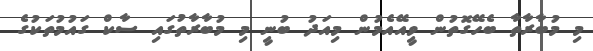
މި މުބާރާތާ ބެހޭގޮތުން ވީއޭއެމުން މިއަދު ބުނީ މި މުބާރާތުގައި ސާކް ގައުމުތަކުގެ